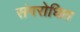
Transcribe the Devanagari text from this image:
संगरोधित